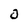
Character: 0